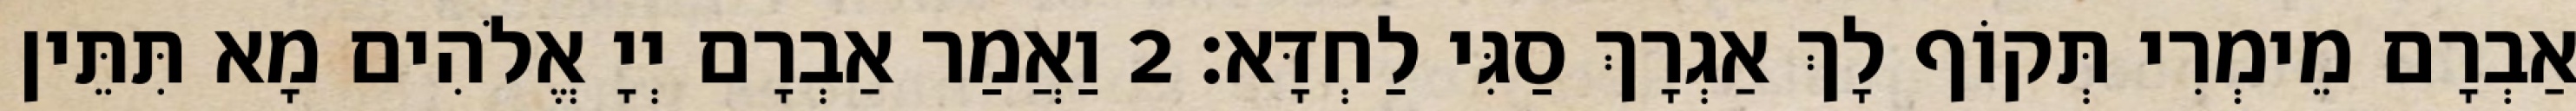
אַבְרָם מֵימְרִי תְּקוֹף לָךְ אַגְרָךְ סַגִּי לַחְדָּא׃ 2 וַאֲמַר אַבְרָם יְיָ אֱלֹהִים מָא תִּתֵּין